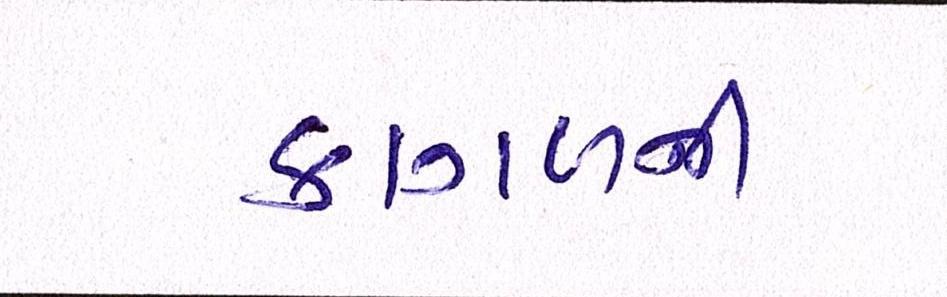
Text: કાગળની